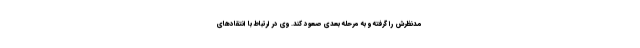
مدنظرش را گرفته و به مرحله بعدی صعود کند. وی در ارتباط با انتقادهای